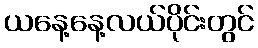
ယနေ့နေ့လယ်ပိုင်းတွင်